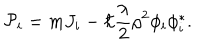
LaTeX: { \cal P } _ { i } = m J _ { i } - \hbar { \frac { \lambda } { 2 } } \rho ^ { 2 } \phi _ { i } \phi _ { i } ^ { * } .